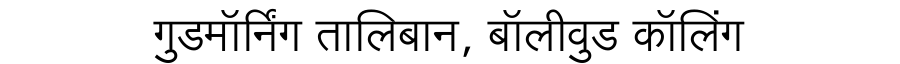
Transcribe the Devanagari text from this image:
गुडमॉर्निंग तालिबान, बॉलीवुड कॉलिंग